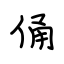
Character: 俑